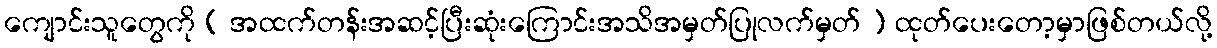
ကျောင်းသူတွေကို ( အထက်တန်းအဆင့်ပြီးဆုံးကြောင်းအသိအမှတ်ပြုလက်မှတ် ) ထုတ်ပေးတော့မှာဖြစ်တယ်လို့